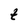
Character: t